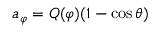
a _ { \varphi } = Q ( \varphi ) ( 1 - \cos \theta )